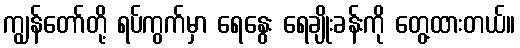
ကျွန်တော်တို့ ရပ်ကွက်မှာ ရေနွေး ရေချိုးခန်းကို တွေ့ထားတယ်။